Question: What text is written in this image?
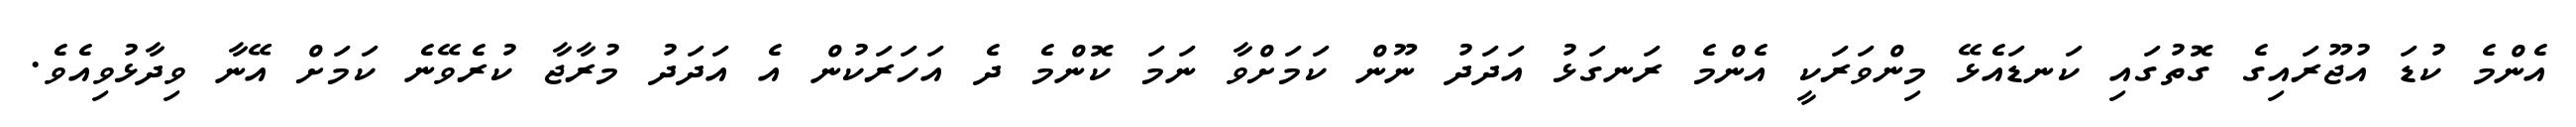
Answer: އެންމެ ކުޑަ އުޖޫރައިގެ ގޮތުގައި ކަނޑައެޅޭ މިންވަރަކީ އެންމެ ރަނގަޅު އަދަދު ނޫން ކަމަށްވާ ނަމަ ކޮންމެ ދެ އަހަރަކުން އެ އަދަދު މުރާޖާ ކުރެވޭނެ ކަމަށް އޭނާ ވިދާޅުވިއެވެ.